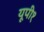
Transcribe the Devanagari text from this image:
यूपी१